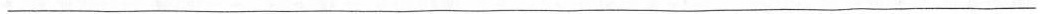
___